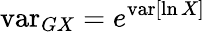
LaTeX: \operatorname{var}_{GX}=e^{\operatorname{var}[\ln X]}